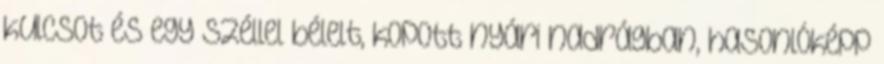
kulcsot és egy széllel bélelt, kopott nyári nadrágban, hasonlóképp